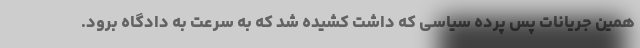
همین جریانات پس پرده سیاسی که داشت کشیده شد که به سرعت به دادگاه برود.